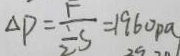
\Delta P = \frac { F } { \frac { 1 } { 2 } S } = 1 9 6 0 p a